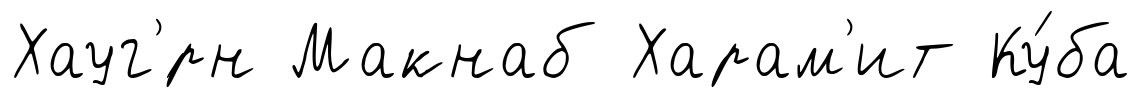
Хауг'́рн Макнаб Харам'ит Ку́ба